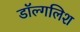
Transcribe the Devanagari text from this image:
डॉल्गलिश